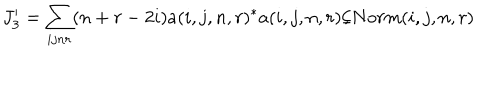
LaTeX: J _ { 3 } ^ { \prime } = \sum _ { i j n r } ( n + r - 2 i ) a ( i , j , n , r ) ^ { * } a ( i , j , n , r ) / N o r m ( i , j , n , r )